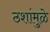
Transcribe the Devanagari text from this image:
ठशांमुळे